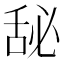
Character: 𰯾